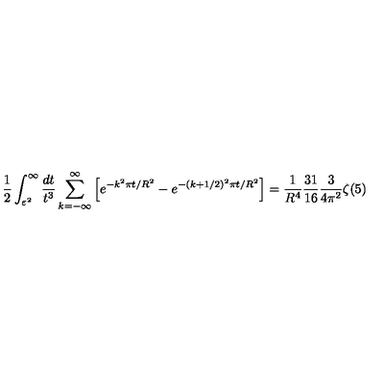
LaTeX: \frac { 1 } { 2 } \int _ { \varepsilon ^ { 2 } } ^ { \infty } \frac { d t } { t ^ { 3 } } \sum _ { k = - \infty } ^ { \infty } \left[ e ^ { - k ^ { 2 } \pi t / R ^ { 2 } } - e ^ { - ( k + 1 / 2 ) ^ { 2 } \pi t / R ^ { 2 } } \right] = \frac { 1 } { R ^ { 4 } } \frac { 3 1 } { 1 6 } \frac { 3 } { 4 \pi ^ { 2 } } \zeta ( 5 )